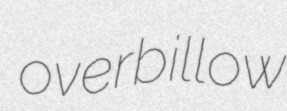
overbillow